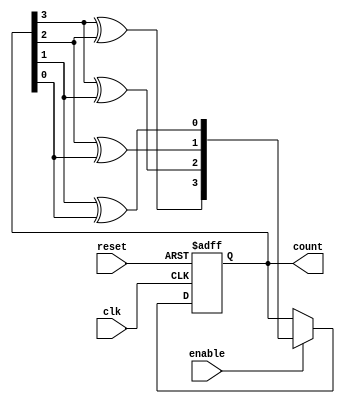
module gray_counter (
    input wire clk,
    input wire reset,
    input wire enable,
    output reg [3:0] count
);

reg [3:0] next_count;
wire [2:0] gray_diff;

always @ (posedge clk or posedge reset) begin
    if (reset) begin
        count <= 4'b0;
    end else begin
        if (enable) begin
            next_count[3] = count[3] ^ count[2];
            next_count[2] = count[3] ^ count[1];
            next_count[1] = count[2] ^ count[0];
            next_count[0] = count[1] ^ count[0];
            
            count <= next_count;
        end
    end
end

assign gray_diff = count[3:1] ^ count[2:0];

endmodule